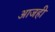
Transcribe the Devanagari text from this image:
अाजही